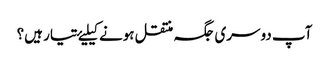
آپ دوسری جگہ منتقل ہونے کیلیۓ تیار ہیں؟